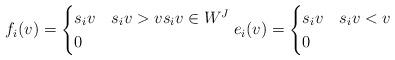
LaTeX: \begin{gather*} f_i(v)= \begin{cases} s_i v & s_i v > v s_i v \in W^J \\ 0 & \end{cases} e_i(v)= \begin{cases} s_i v & s_i v < v\\ 0 & \end{cases}\end{gather*}